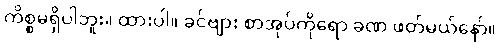
ကိစ္စမရှိပါဘူး။ ထားပါ။ ခင်ဗျား စာအုပ်ကိုရော ခဏ ဖတ်မယ်နော်။